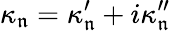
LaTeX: \kappa_{\mathfrak{n}}=\kappa_{\mathfrak{n}}^{\prime}+i\kappa_{\mathfrak{n}}^{\prime\prime}